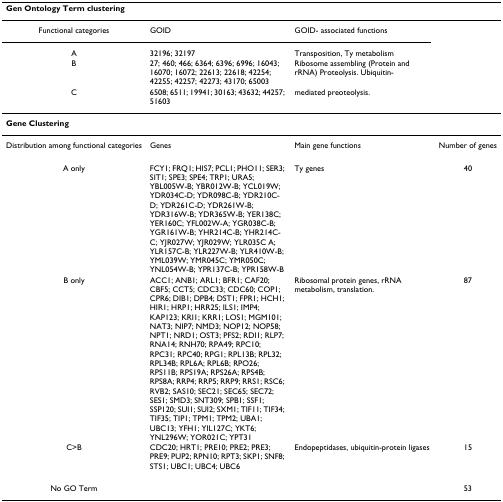
<table><thead><tr><td colspan="4"><b>Gen Ontology Term clustering</b></td></tr></thead><tbody><tr><td>Functional categories</td><td>GOID</td><td>GOID- associated functions</td><td></td></tr><tr><td>A</td><td>32196; 32197</td><td>Transposition, Ty metabolism</td><td></td></tr><tr><td>B</td><td>27; 460; 466; 6364; 6396; 6996; 16043; 16070; 16072; 22613; 22618; 42254; 42255; 42257; 42273; 43170; 65003</td><td>Ribosome assembling (Protein and rRNA) Proteolysis. Ubiquitin-</td><td></td></tr><tr><td>C</td><td>6508; 6511; 19941; 30163; 43632; 44257; 51603</td><td>mediated preoteolysis.</td><td></td></tr><tr><td><b>Gene Clustering</b></td><td></td><td></td><td></td></tr><tr><td>Distribution among functional categories</td><td>Genes</td><td>Main gene functions</td><td>Number of genes</td></tr><tr><td>A only</td><td>FCY1; FRQ1; HIS7; PCL1; PHO11; SER3; SIT1; SPE3; SPE4; TRP1; URA5; YBL005W-B; YBR012W-B; YCL019W; YDR034C-D; YDR098C-B; YDR210C-D; YDR261C-D; YDR261W-B; YDR316W-B; YDR365W-B; YER138C; YER160C; YFL002W-A; YGR038C-B; YGR161W-B; YHR214C-B; YHR214C-C; YJR027W; YJR029W; YLR035C A; YLR157C-B; YLR227W-B; YLR410W-B; YML039W; YMR045C; YMR050C; YNL054W-B; YPR137C-B; YPR158W-B</td><td>Ty genes</td><td>40</td></tr><tr><td>B only</td><td>ACC1; ANB1; ARL1; BFR1; CAF20; CBF5; CCT5; CDC33; CDC60; COP1; CPR6; DIB1; DPB4; DST1; FPR1; HCH1; HIR1; HRP1; HRR25; ILS1; IMP4; KAP123; KRI1; KRR1; LOS1; MGM101; NAT3; NIP7; NMD3; NOP12; NOP58; NPT1; NRD1; OST3; PFS2; RDI1; RLP7; RNA14; RNH70; RPA49; RPC10; RPC31; RPC40; RPG1; RPL13B; RPL32; RPL34B; RPL6A; RPL6B; RPO26; RPS11B; RPS19A; RPS26A; RPS4B; RPS8A; RRP4; RRP5; RRP9; RRS1; RSC6; RVB2; SAS10; SEC21; SEC65; SEC72; SES1; SMD3; SNT309; SPB1; SSF1; SSP120; SUI1; SUI2; SXM1; TIF11; TIF34; TIF35; TIP1; TPM1; TPM2; UBA1; UBC13; YFH1; YIL127C; YKT6; YNL296W; YOR021C; YPT31</td><td>Ribosomal protein genes, rRNA metabolism, translation.</td><td>87</td></tr><tr><td>C&gt;B</td><td>CDC20; HRT1; PRE10; PRE2; PRE3; PRE9; PUP2; RPN10; RPT3; SKP1; SNF8; STS1; UBC1; UBC4; UBC6</td><td>Endopeptidases, ubiquitin-protein ligases</td><td>15</td></tr><tr><td>No GO Term</td><td></td><td></td><td>53</td></tr></tbody></table>